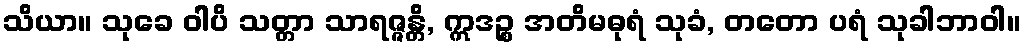
သိယာ။ သုခေ ဝါပိ သတ္တာ သာရဇ္ဇန္တိ, ဣဒဉ္စ အတိမဓုရံ သုခံ, တတော ပရံ သုခါဘာဝါ။